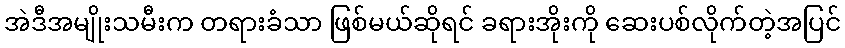
အဲဒီအမျိုးသမီးက တရားခံသာ ဖြစ်မယ်ဆိုရင် ခရားအိုးကို ဆေးပစ်လိုက်တဲ့အပြင်